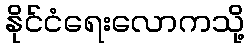
နိုင်ငံရေးလောကသို့